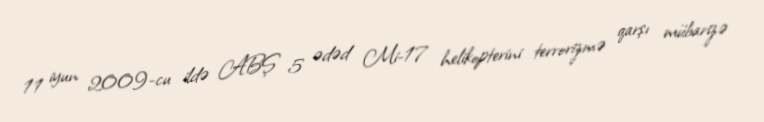
11 iyun 2009-cu ildə ABŞ 5 ədəd Mi-17 helikopterini terrorizmə qarşı mübarizə